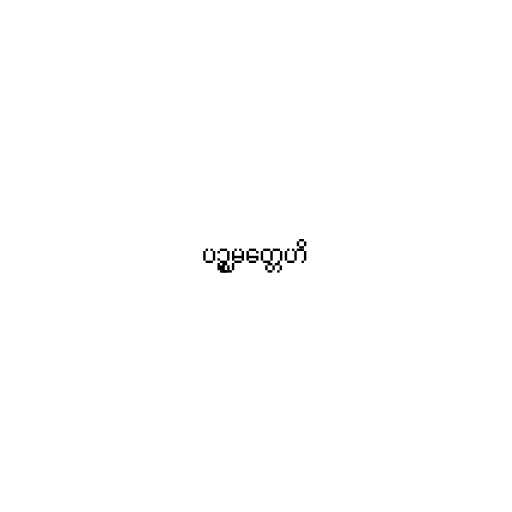
ပဉ္စမတ္တေဟိ